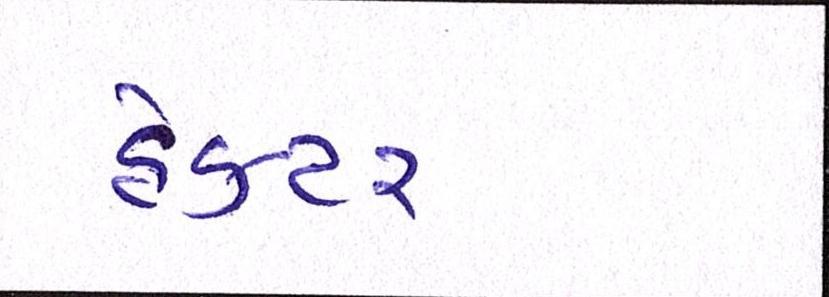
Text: હેક્ટર